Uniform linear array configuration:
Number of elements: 64
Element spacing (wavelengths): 0.5
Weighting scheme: exponential
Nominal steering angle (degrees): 30
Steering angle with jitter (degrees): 28.175
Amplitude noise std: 0.05
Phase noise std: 0.05

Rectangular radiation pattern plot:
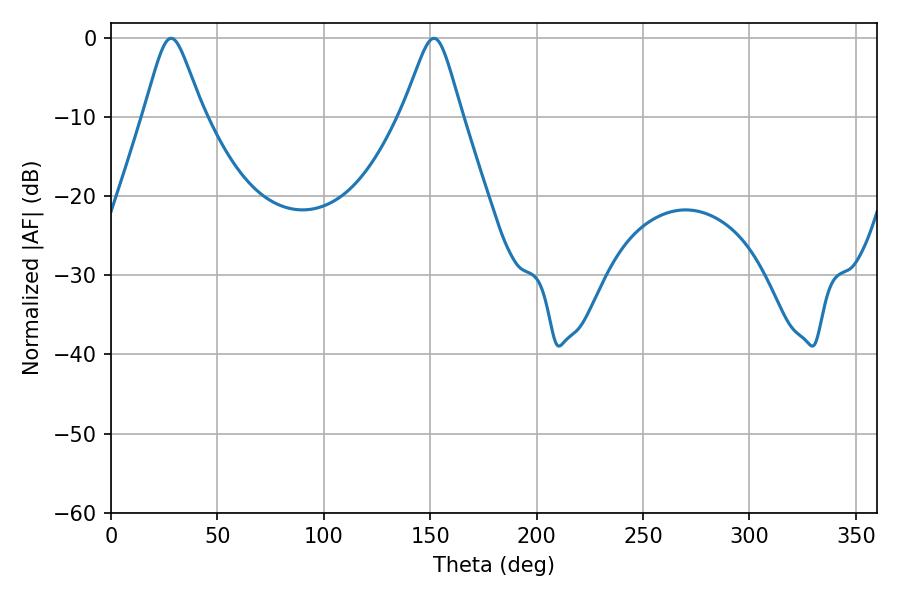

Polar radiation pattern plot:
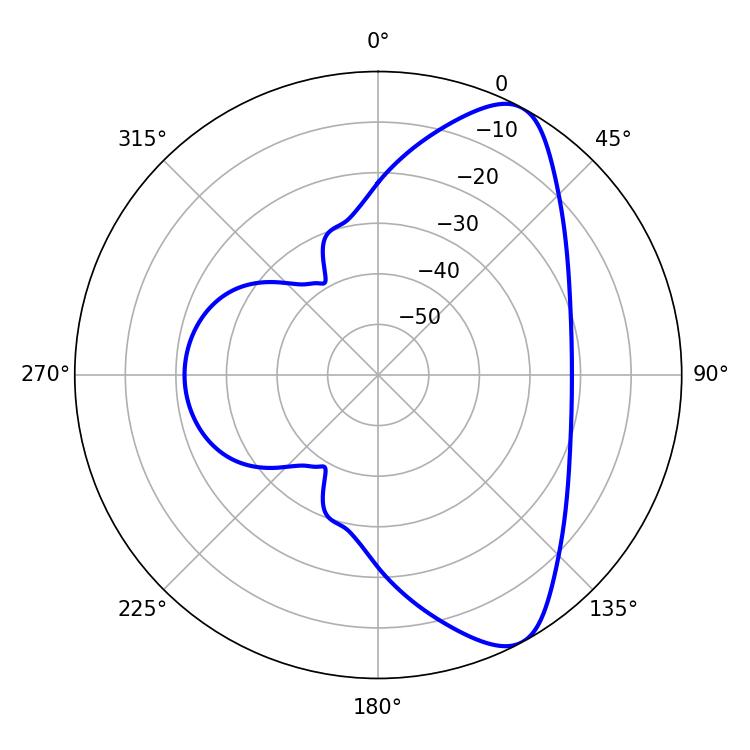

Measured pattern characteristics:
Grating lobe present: FALSE
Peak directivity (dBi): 8.504
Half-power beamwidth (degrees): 13.14
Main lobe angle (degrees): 28.26